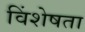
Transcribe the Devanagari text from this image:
विंशेषता